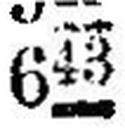
643